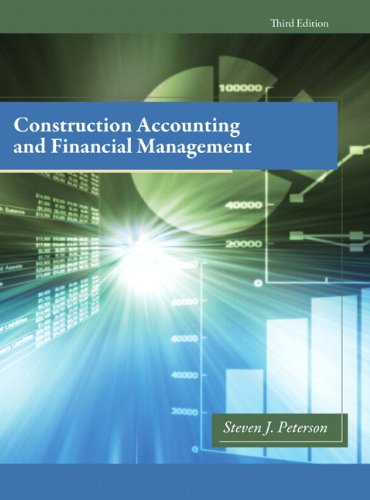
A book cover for Construction Accounting & Financial Management (3rd Edition); Steven Peterson MBA PE; Business & Money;